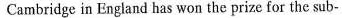
Cambridge in England has won the prize for the sub-